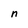
Character: n